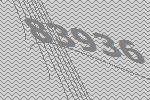
83936